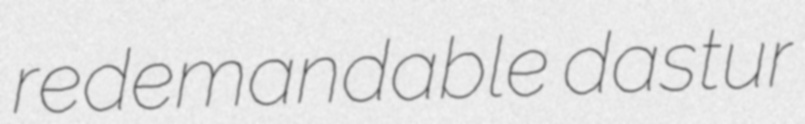
redemandable dastur